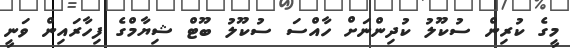
މީގެ ކުރިން ސުކޫލު ކުދިންނަށް ހާއްސަ ސުކޫލު ބޫޓް ޝިޔާމްގެ ފިހާރައިން ވަނީ